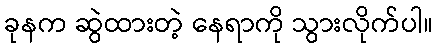
ခုနက ဆွဲထားတဲ့ နေရာကို သွားလိုက်ပါ။